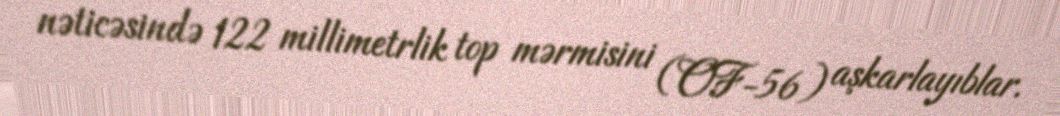
nəticəsində 122 millimetrlik top mərmisini (OF-56) aşkarlayıblar.